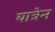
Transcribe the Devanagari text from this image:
यात्रेन